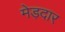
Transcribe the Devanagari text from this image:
मेड़दार